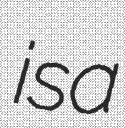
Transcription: is a